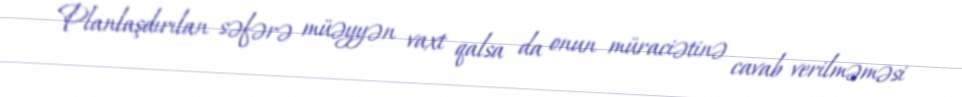
Planlaşdırılan səfərə müəyyən vaxt qalsa da onun müraciətinə cavab verilməməsi